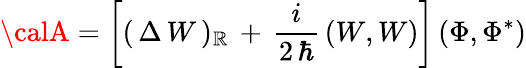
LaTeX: {\calA}=\left[(\, \Delta\, W\, )_{\mathbb{R}}\, +\, \frac{{i}}{{2\, \hbar}}\, (W,W)\right]\, (\Phi,\Phi^{*})